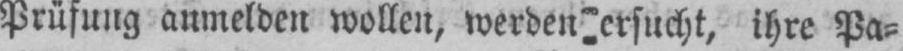
ersucht, ihre Pa⸗